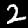
Digit: 2